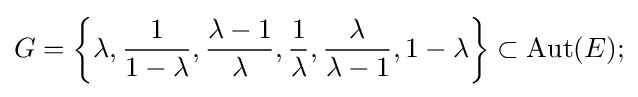
G=\left\{\lambda ,{\frac {1}{1-\lambda }},{\frac {\lambda -1}{\lambda }},{\frac {1}{\lambda }},{\frac {\lambda }{\lambda -1}},1-\lambda \right\}\subset \mathrm {Aut} (E);